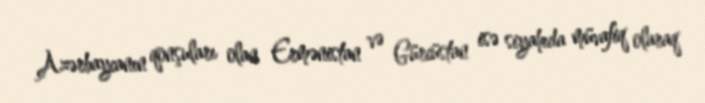
Azərbaycanın qonşuları olan Ermənistan və Gürcüstan isə siyahıda müvafiq olaraq